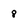
Character: 8